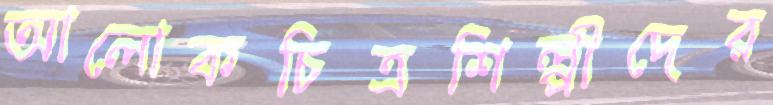
আলোকচিত্রশিল্পীদের